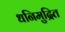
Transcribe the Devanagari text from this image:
धनिमुद्रित